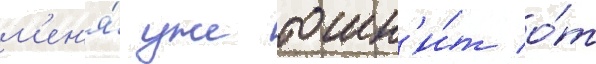
м'ен'я́ уже тошн'и́т о́т